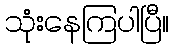
သုံးနေကြပါပြီ။